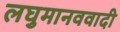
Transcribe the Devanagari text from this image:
लघुमानववादी